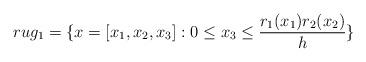
LaTeX: \begin{align*}rug_1= \{ x=[x_1,x_2,x_3]: 0 \leq x_3 \leq \frac{r_1 (x_1) r_2 (x_2)}{h} \}\end{align*}